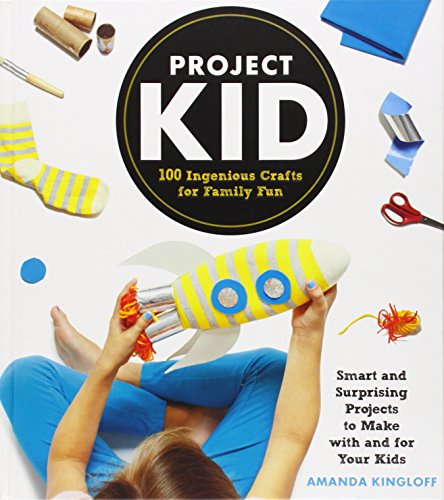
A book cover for Project Kid: 100 Ingenious Crafts for Family Fun; Amanda Kingloff; Crafts, Hobbies & Home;